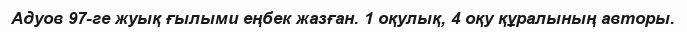
Адуов 97-ге жуық ғылыми еңбек жазған. 1 оқулық, 4 оқу құралының авторы.